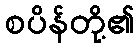
စပိန်တို့၏